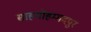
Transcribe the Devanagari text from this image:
साहमोहम्मदपुर